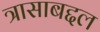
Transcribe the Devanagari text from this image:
त्रासाबद्दल